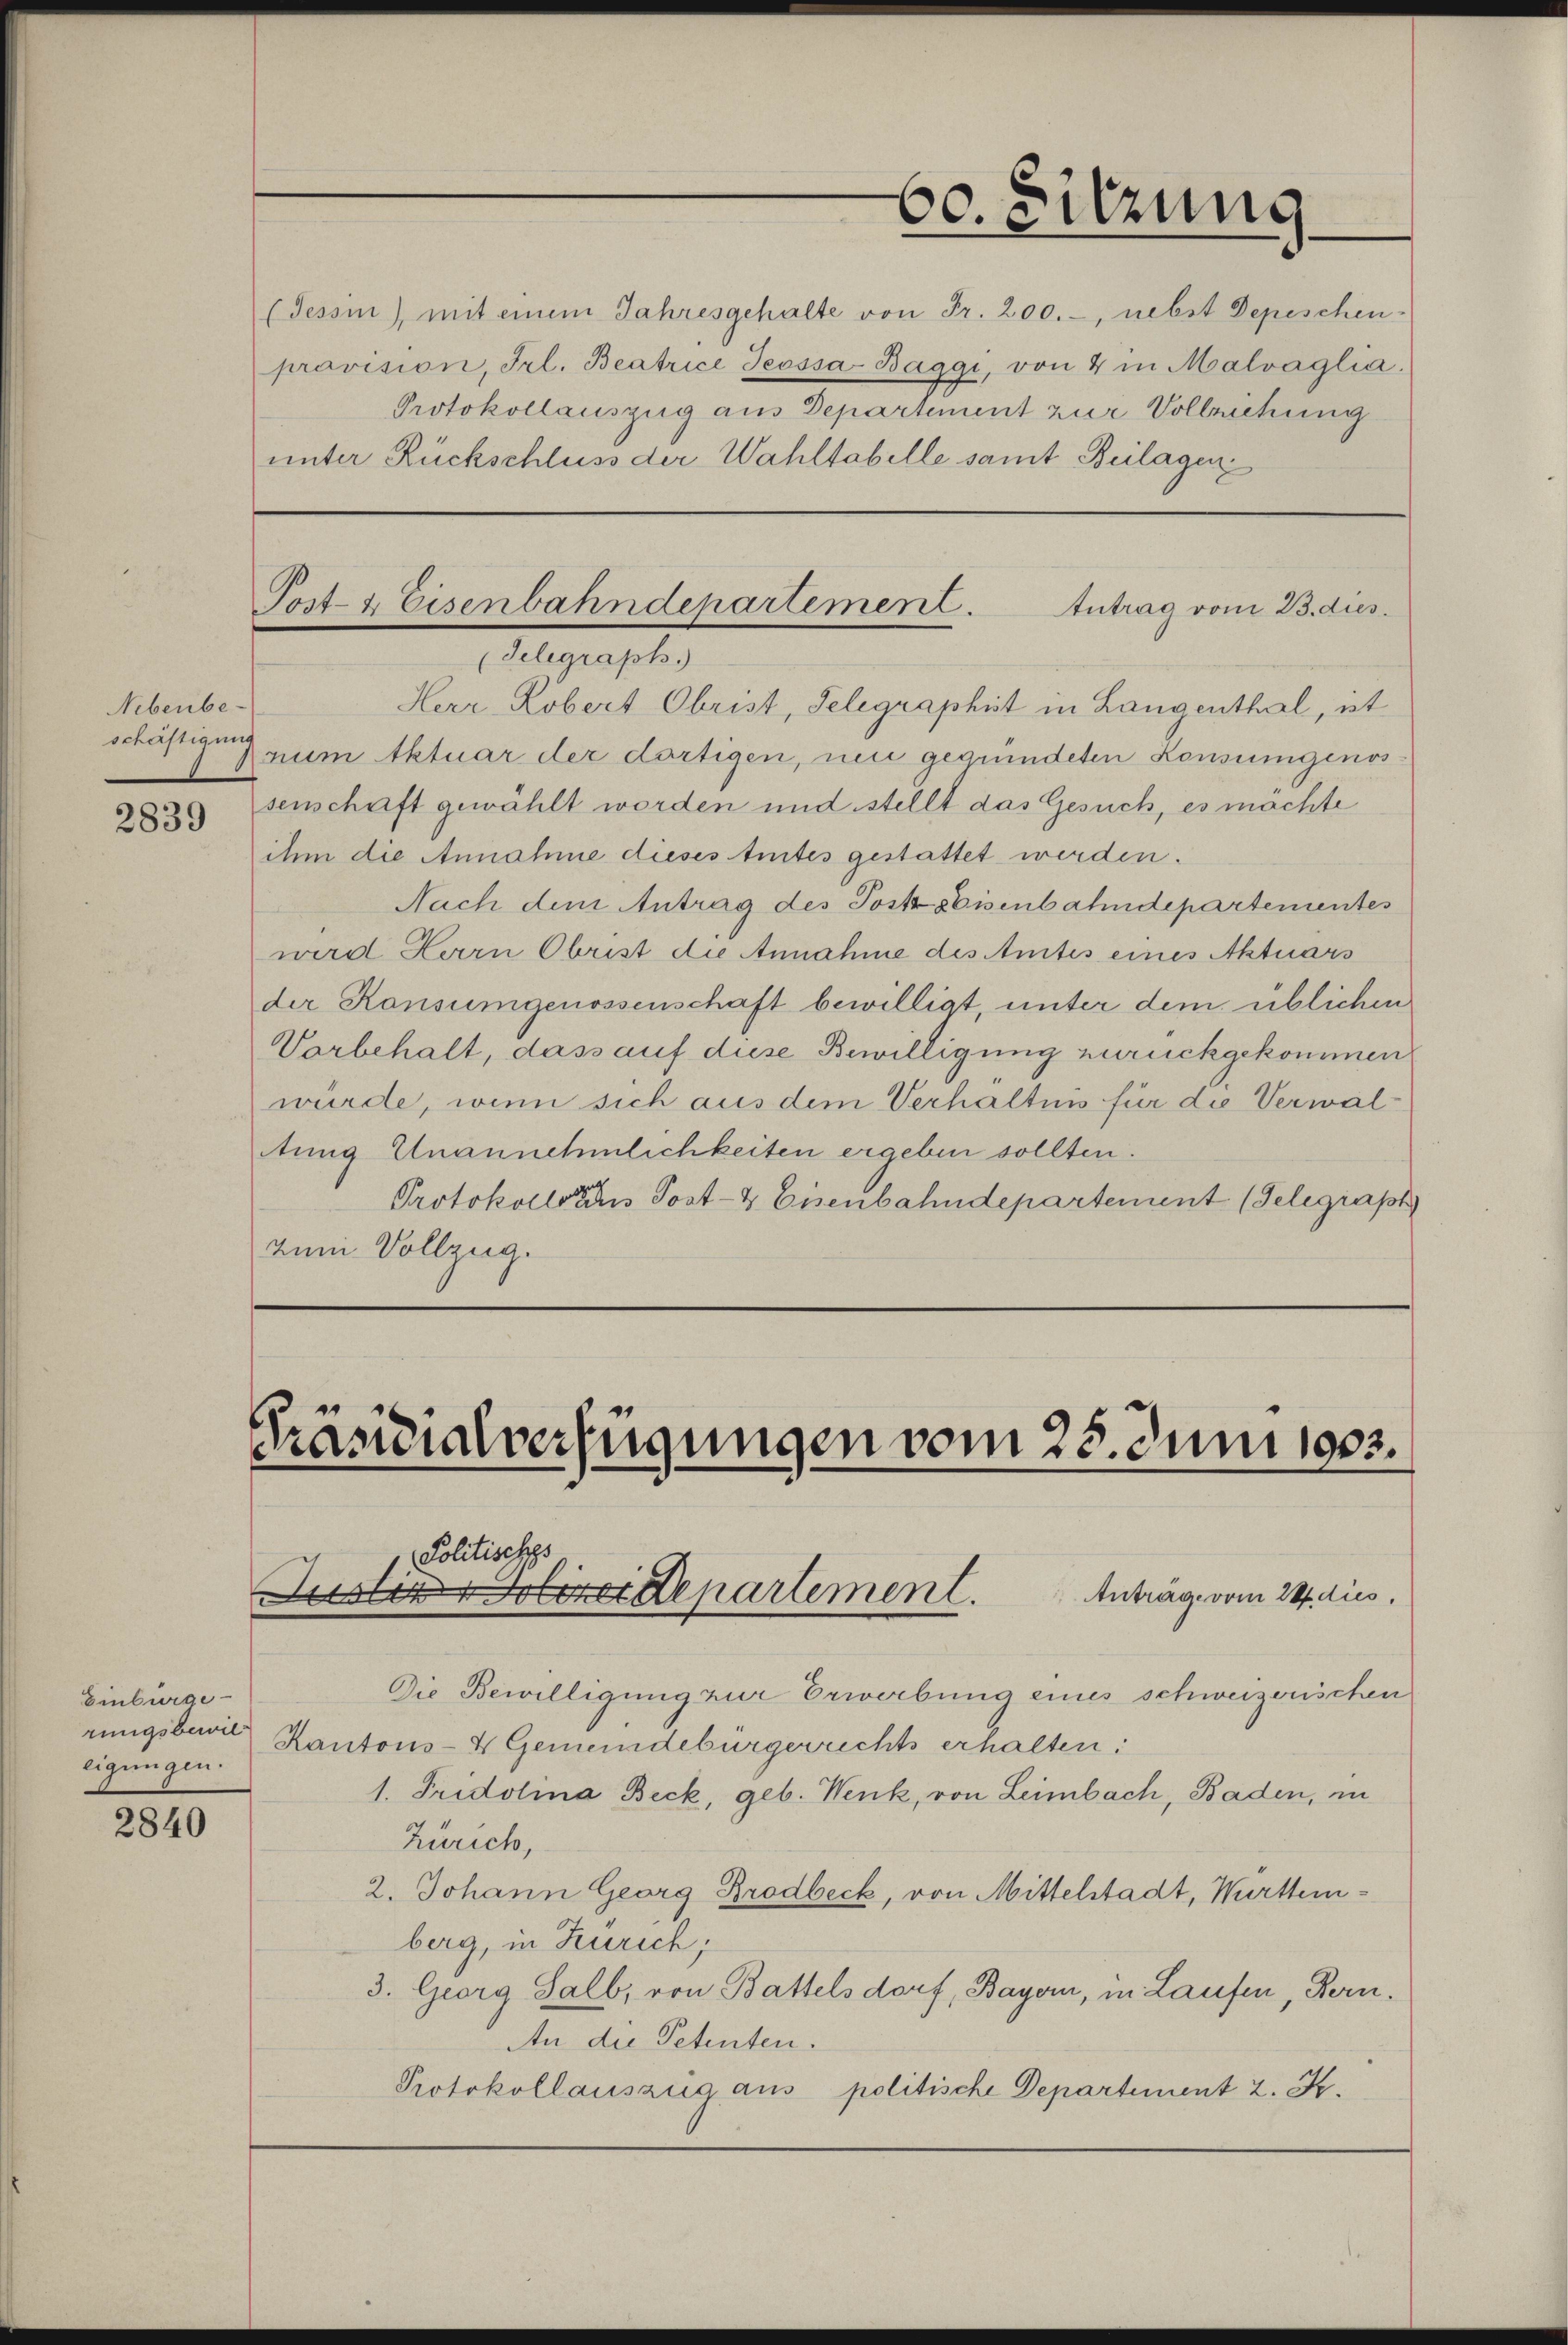
2839

2840

Nebenbe-
schäftigung

(Tessin, mit einem Jahresgehalte von Fr. 200.-, nebst Depeschen
pravision, Frl. Beatrice Jeossa-Baggi, von 4 in Malvaglia.
Protokollauszug aus Departement zur Vollziehung
unter Rückschluss der Wahltabelle samt Beilagen

Einbürge
eigungen.

(Telegraph.)
Herr Robert Obrist, Telegraphist in Langenthal, ist
Arium Aktuar der dortigen, nei gegründeten Konsungenossenschaft gewählt werden und stellt das Gesuch, es möchte
ihm die Annahme dieses tentes gestattet werden.
Nach dem Antrag des Post Eisenbahndepartementes
wird Herrn Obrist die Annahme des Amtes eines Aktuars
der Konsumgenossenschaft bewilligt, unter dem üblichen
Vorbehalt, dass auf diese Bewilligung zurückgekommen.
würde, wenn sich aus dem Verhältnis für die Verwaltung Unannehmlichkeiten ergeben sollten.
Protokolls des Post- & Eisenbahndepartement (Telegraph
zum Vollzug.

60. Sitzung

Post- & Eisenbahndepartement.
Antrag vom 23. dies

Präsidialverfügungen vom 23. Juni 1903.
Politisches
Justirerer Departement. Anträge vom 24. dies

Die Bewilligung zur Erwerbung eines schweizerischen
rungsbewil Kantons- & Gemeindeburgerrichts erhalten:
1. Fridolina Beck, geb. Wenk, von Leimbach, Baden, in
Zürich,
2. Johann Georg Brodbeck, von Mittelstadt, Württemberg, in Zürich;
3. Georg Salb, von Battelsdorf, Bayern, in Laufen, Kern¬
An die Petenten.
Protokollauszug aus politische Departement 2. K.